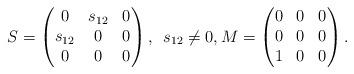
LaTeX: \begin{align*}S=\begin{pmatrix} 0 & s_{12} & 0\\ s_{12} & 0 & 0\\ 0 & 0 & 0\end{pmatrix},\enskip s_{12} \neq 0, M=\begin{pmatrix} 0 & 0 & 0\\ 0 & 0 & 0\\ 1 & 0 & 0\\\end{pmatrix}.\end{align*}